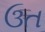
ઉત